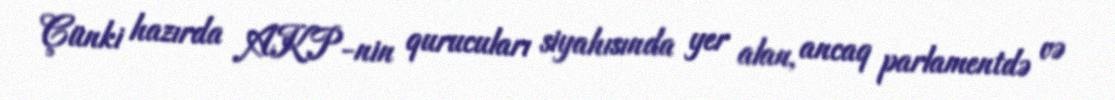
Çünki hazırda AKP-nin qurucuları siyahısında yer alan, ancaq parlamentdə və